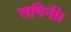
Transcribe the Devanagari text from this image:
रागिनी।